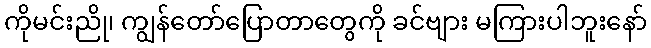
ကိုမင်းညို၊ ကျွန်တော်ပြောတာတွေကို ခင်ဗျား မကြားပါဘူးနော်